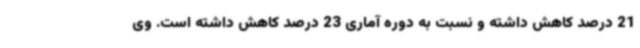
21 درصد کاهش داشته و نسبت به دوره آماری 23 درصد کاهش داشته است. وی